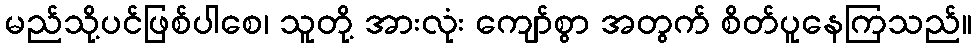
မည်သို့ပင်ဖြစ်ပါစေ၊ သူတို့ အားလုံး ကျော်စွာ အတွက် စိတ်ပူနေကြသည်။